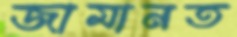
জামানত